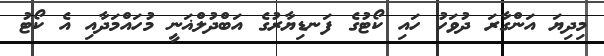
މިދިޔަ އަންގާރަ ދުވަހު ހައި ކޯޓުގެ ފަނޑިޔާރުގެ އަބްދުލްޣަނީ މުހައްމަދާއި އެ ކޯޓު